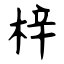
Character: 梓